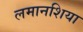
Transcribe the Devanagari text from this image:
लमानशिया